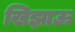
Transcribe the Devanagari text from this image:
खिझाऊ